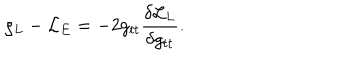
LaTeX: \varrho _ { L } - { \cal L } _ { E } = - 2 g _ { t t } { \frac { \delta { \cal L } _ { L } } { \delta g _ { t t } } } .